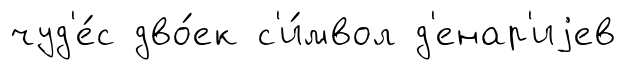
чуд'е́с дво́ек с'и́мвол д'енар'иjев